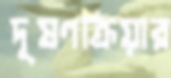
দূষণক্রিয়ার